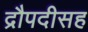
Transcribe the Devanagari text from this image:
द्रौपदीसह